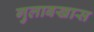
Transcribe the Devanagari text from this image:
गुलाबखास